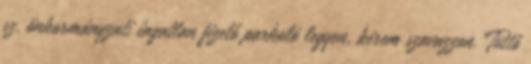
sz. önkormányzati ingatlan fizető parkoló legyen, kérem szavazzon. Tüttő